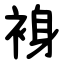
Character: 裑